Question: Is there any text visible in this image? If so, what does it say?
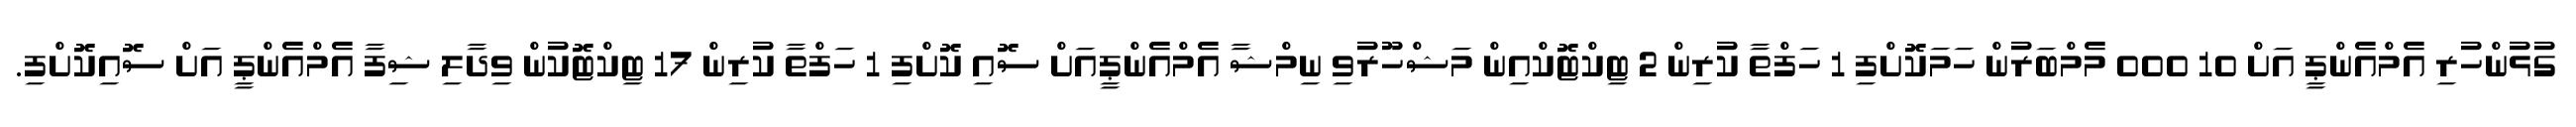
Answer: ގުޅުންހުރި އެމްއެންޕީ އަށް 10 000 މެމްބަރުން ހަމަކޮށްފި 1 ހަފްތާ ކުރިން 2 ޓިކްޓޮކްއިން މަޝްހޫރުވި ނިމްޝާ އެމްއެންޕީއަށް ސޮއި ކޮށްފި 1 ހަފްތާ ކުރިން 17 ޓިކްޓޮކުން ވިދާލި ޝިފާ އެމްއެންޕީ އަށް ސޮއިކޮށްފި.